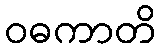
ဝဓကာတိ